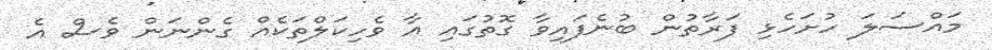
މައްސަލަ ހުށަހެޅި ފަރާތުން ބުނެފައިވާ ގޮތުގައި އާ ވެހިކަލްތަކެއް ގެންނަން ވެސް އެ